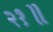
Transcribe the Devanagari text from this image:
२१॥